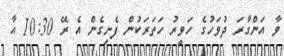
ވާ އަންގާރަ ދުވަހުގެ ހަވީރު ހަތަރަކުން ފެށިގެން އެ ރޭ 10:30 އާ